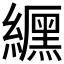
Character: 𮉐